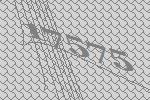
17575